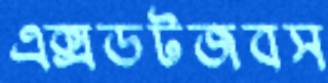
এক্সডটজবস